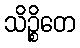
သိဉ္စိတေ